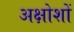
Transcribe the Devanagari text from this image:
अक्षोशों